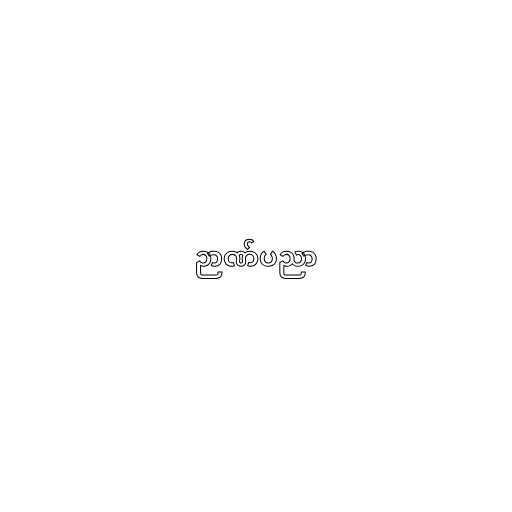
ဉာဏ်ပညာ